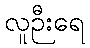
လူဉီးရေ